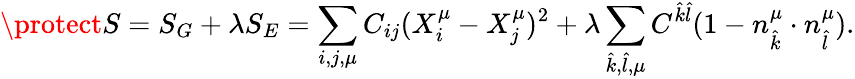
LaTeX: \protect S=S_{G}+\lambda S_{E}=\sum_{i,j,\mu}C_{ij}(X_{i}^{\mu}-X_{j}^{\mu})^{2}+\lambda\sum_{\hat{k},\hat{l},\mu}C^{\hat{k}\hat{l}}(1-n_{\hat{k}}^{\mu}\cdot n_{\hat{l}}^{\mu}).